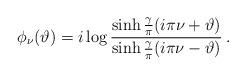
LaTeX: \begin{align*}\phi _{\nu }(\vartheta )=i\log \frac{\sinh \frac{\gamma }{\pi }(i\pi \nu +\vartheta )}{\sinh \frac{\gamma }{\pi }(i\pi \nu -\vartheta )}\: .\end{align*}